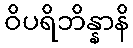
ဝိပရိဘိန္နာနိ